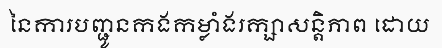
នៃការបញ្ជូនកងកម្លាំងរក្សាសន្តិភាព ដោយ